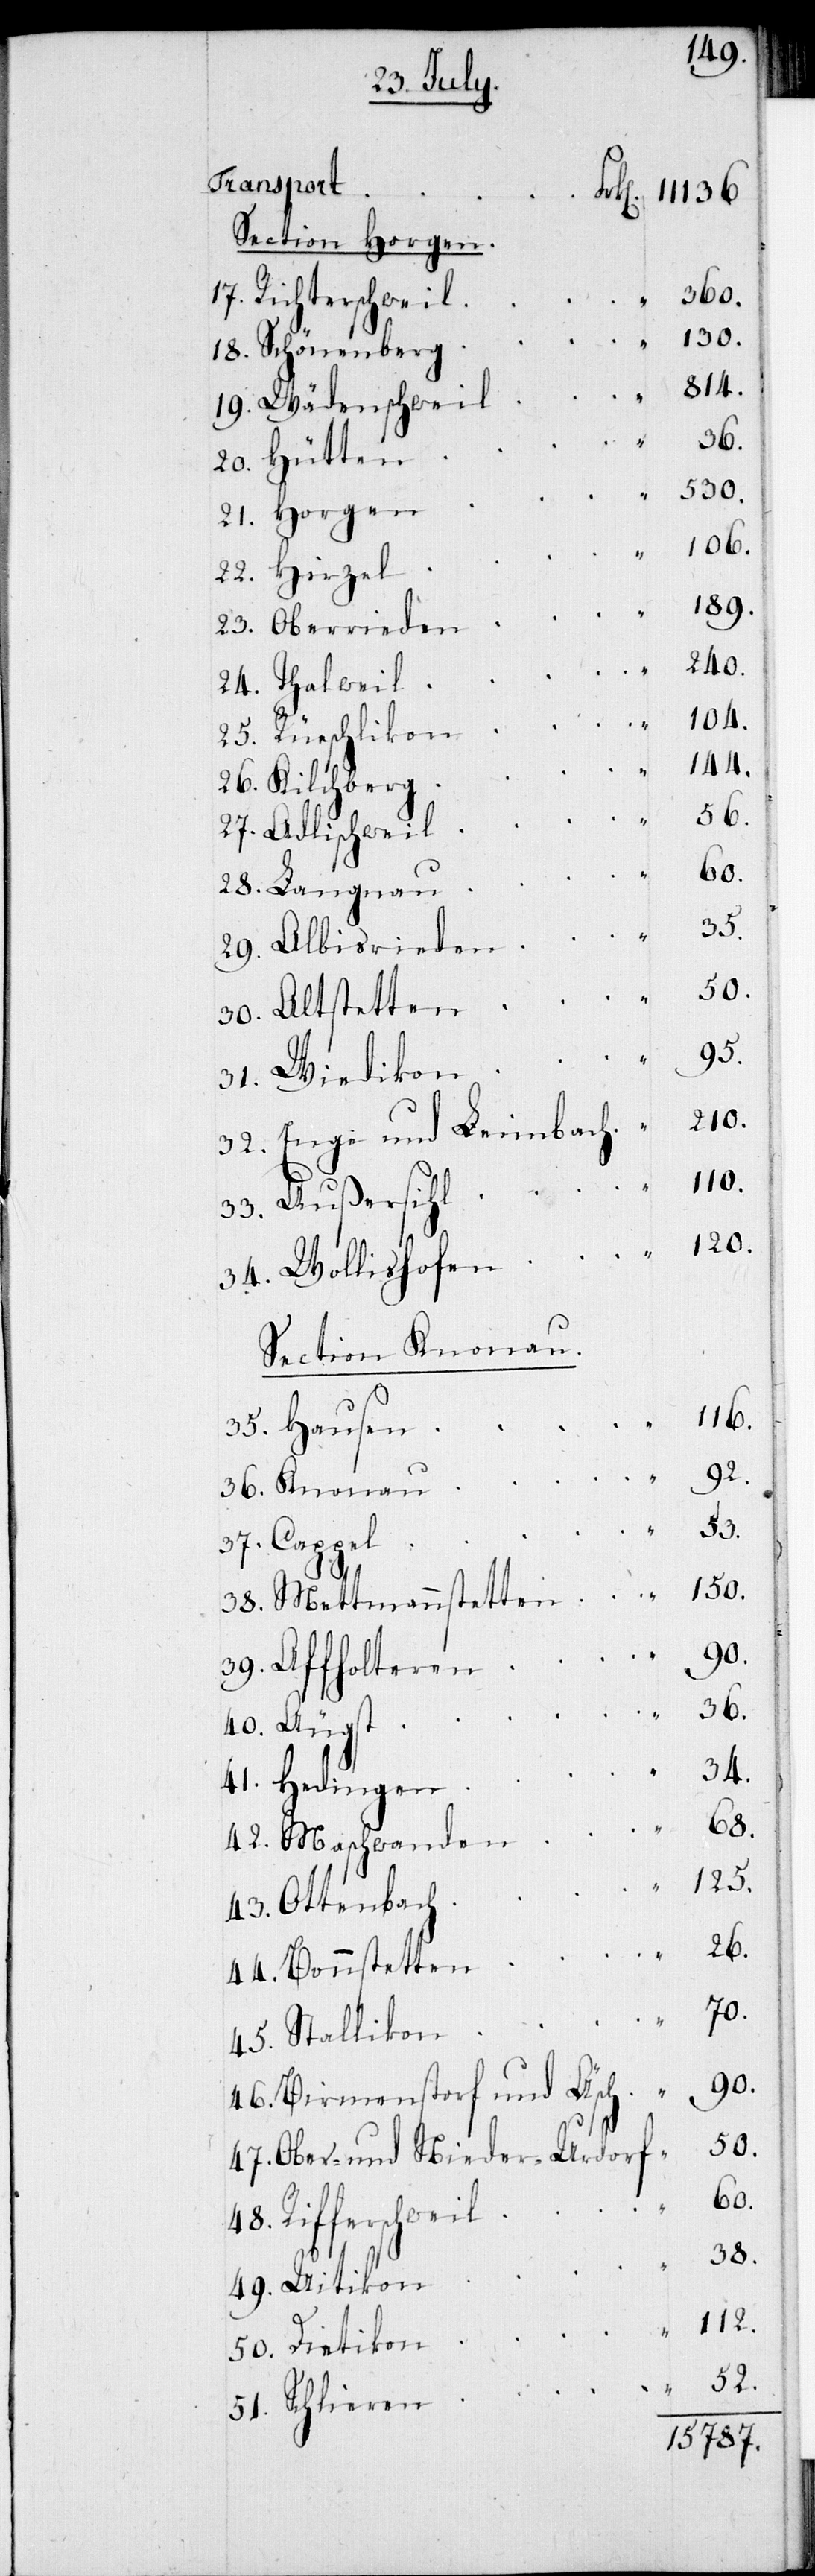
49.
Section Horgen.
Richterschweil
Hütten
106.
189.
240.
52.
44.
“
36.
60.
Albisrieden
95.
Wiedikon
210.
Enge und Leimbach
116.
Section Knonau.
92.
Affholteren
51.
Ottenbach
Mettmannstetten
70.
90.
Birmenstorf und Äsch
50.
Ober- und Nieder-Urdorf
Rifferschweil
38.
15787.